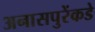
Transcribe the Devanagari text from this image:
अनासपुरेंकडे